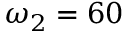
\omega _ { 2 } = 6 0